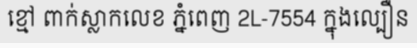
ខ្មៅ ពាក់ស្លាកលេខ ភ្នំពេញ 2L-7554 ក្នុងល្បឿន